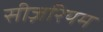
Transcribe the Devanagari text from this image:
सीज़रियम